Bréfritari: Þórunn Pálsdóttir
Viðtakandi: Páll Pálsson
Dagsetning: A-1846-07-03
Skrifað á: Hallfreðarstöðum  N-Múl.
Páll var bróðir Þórunnar

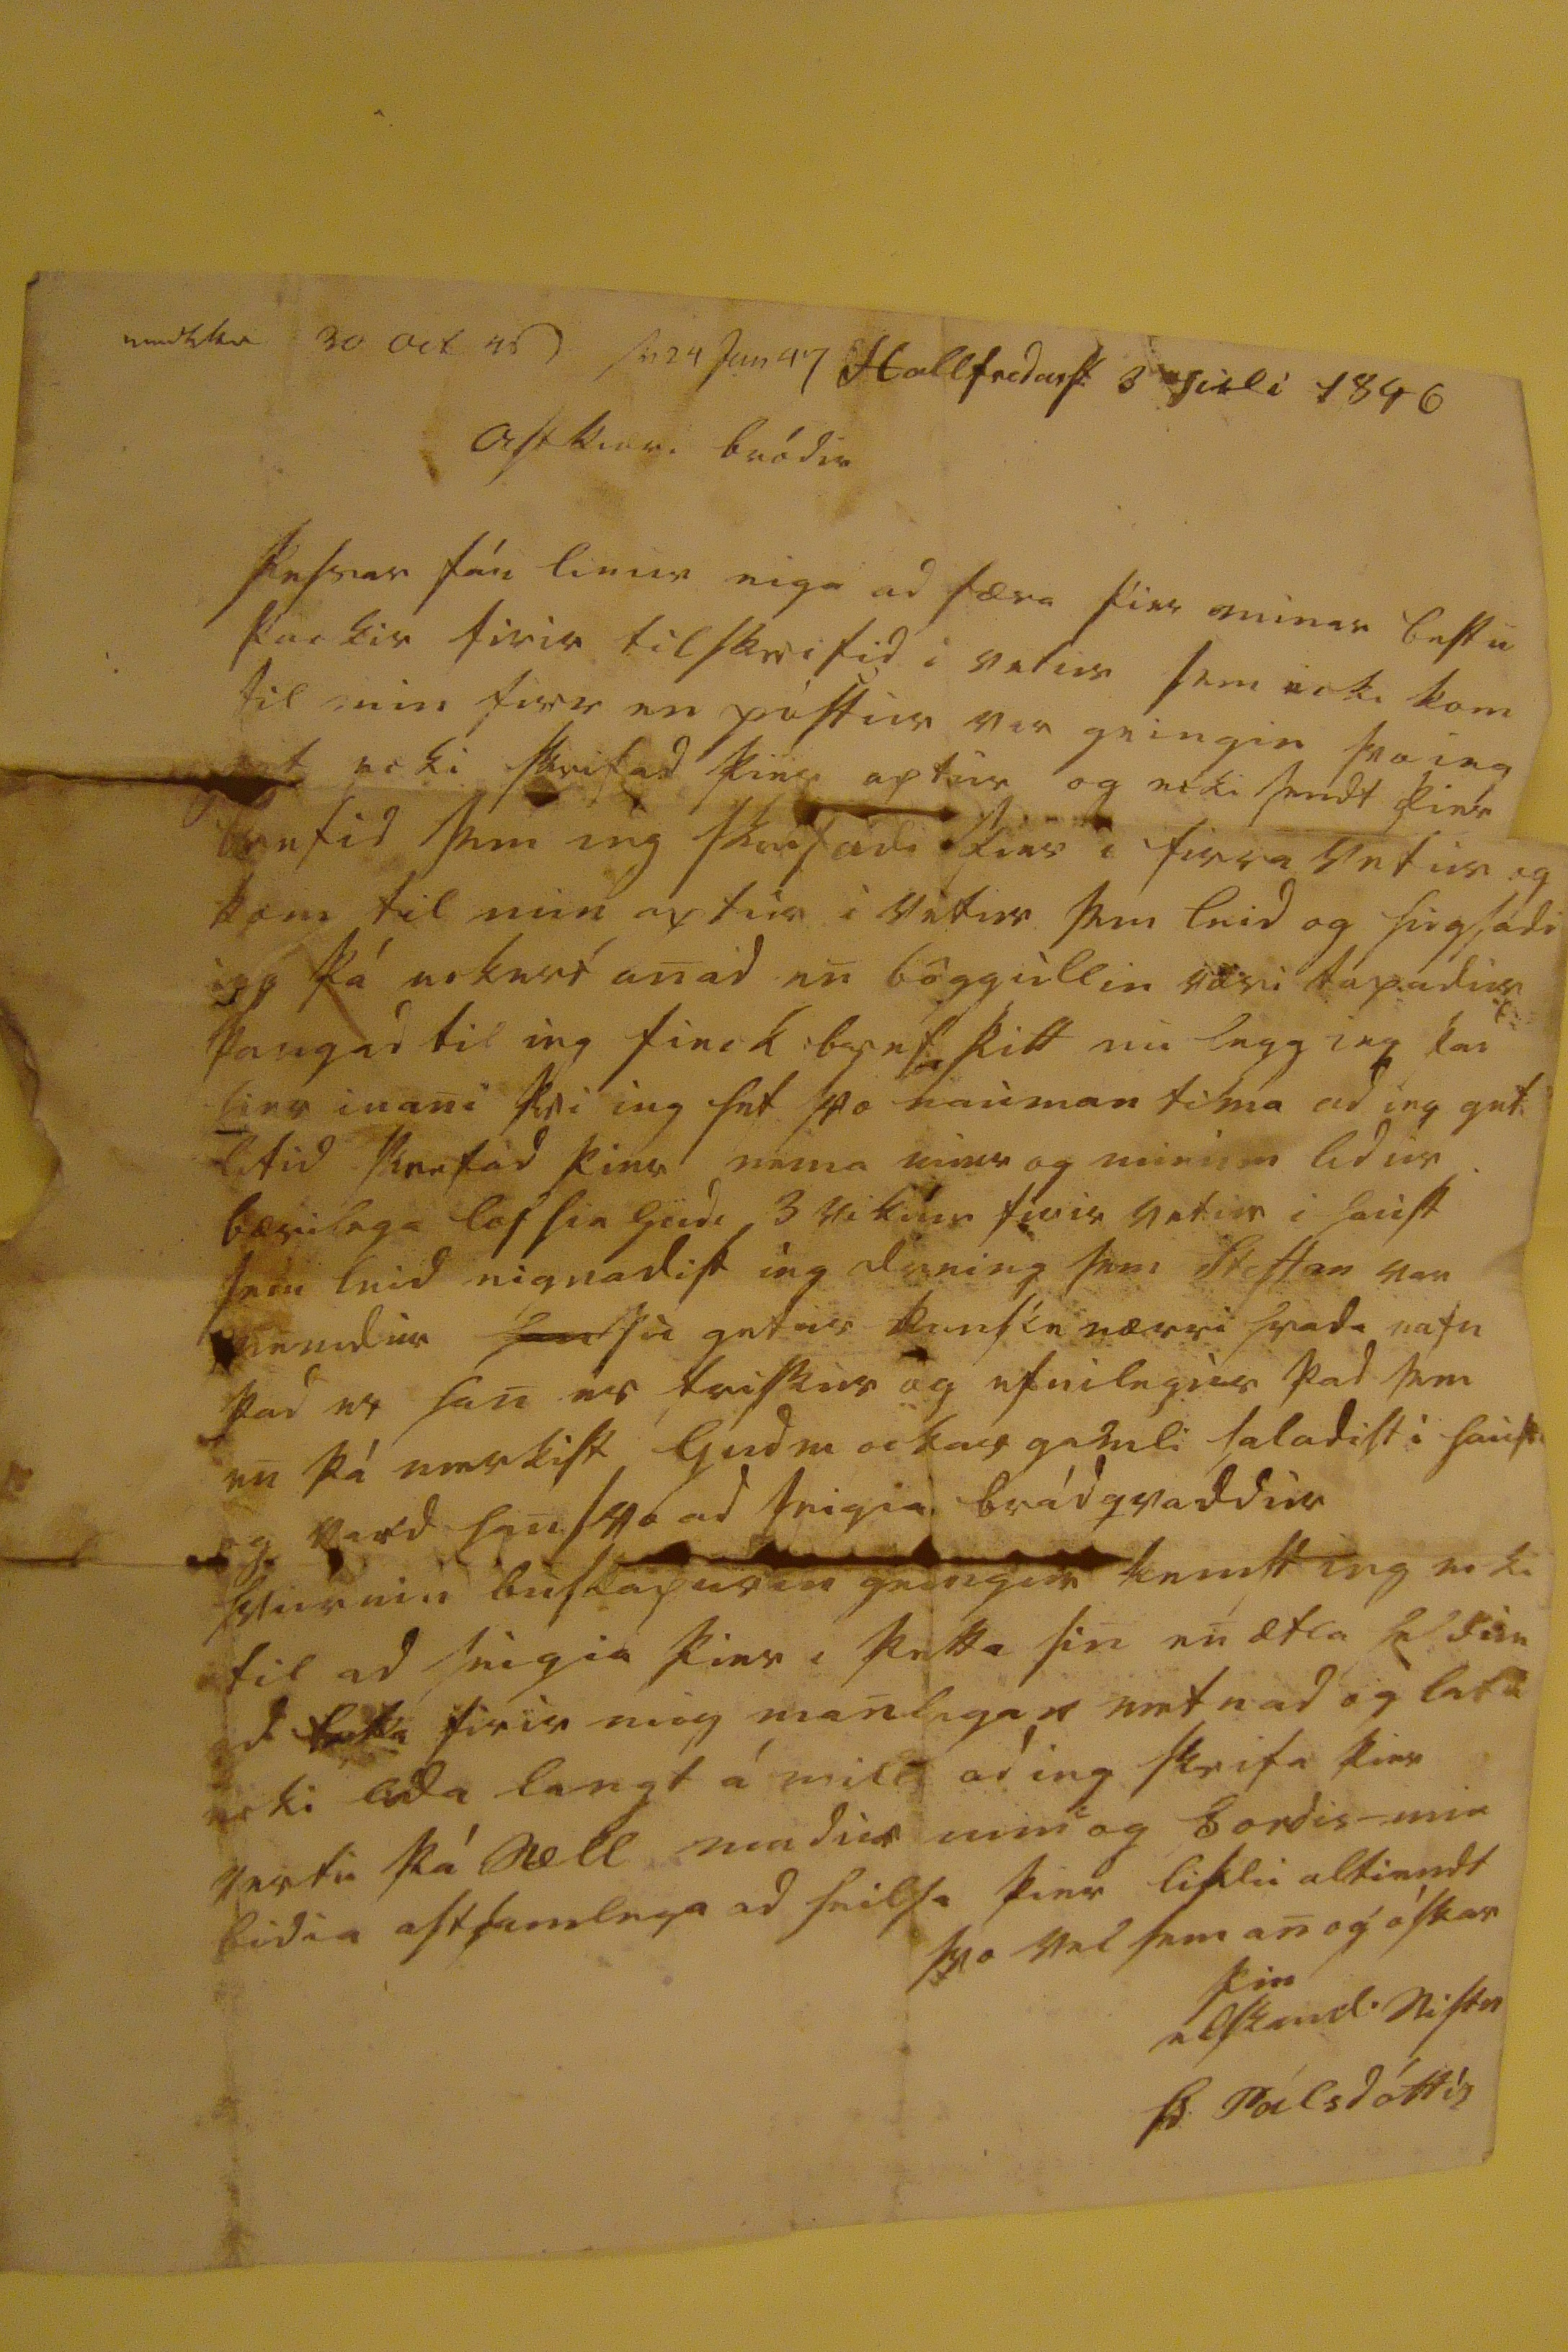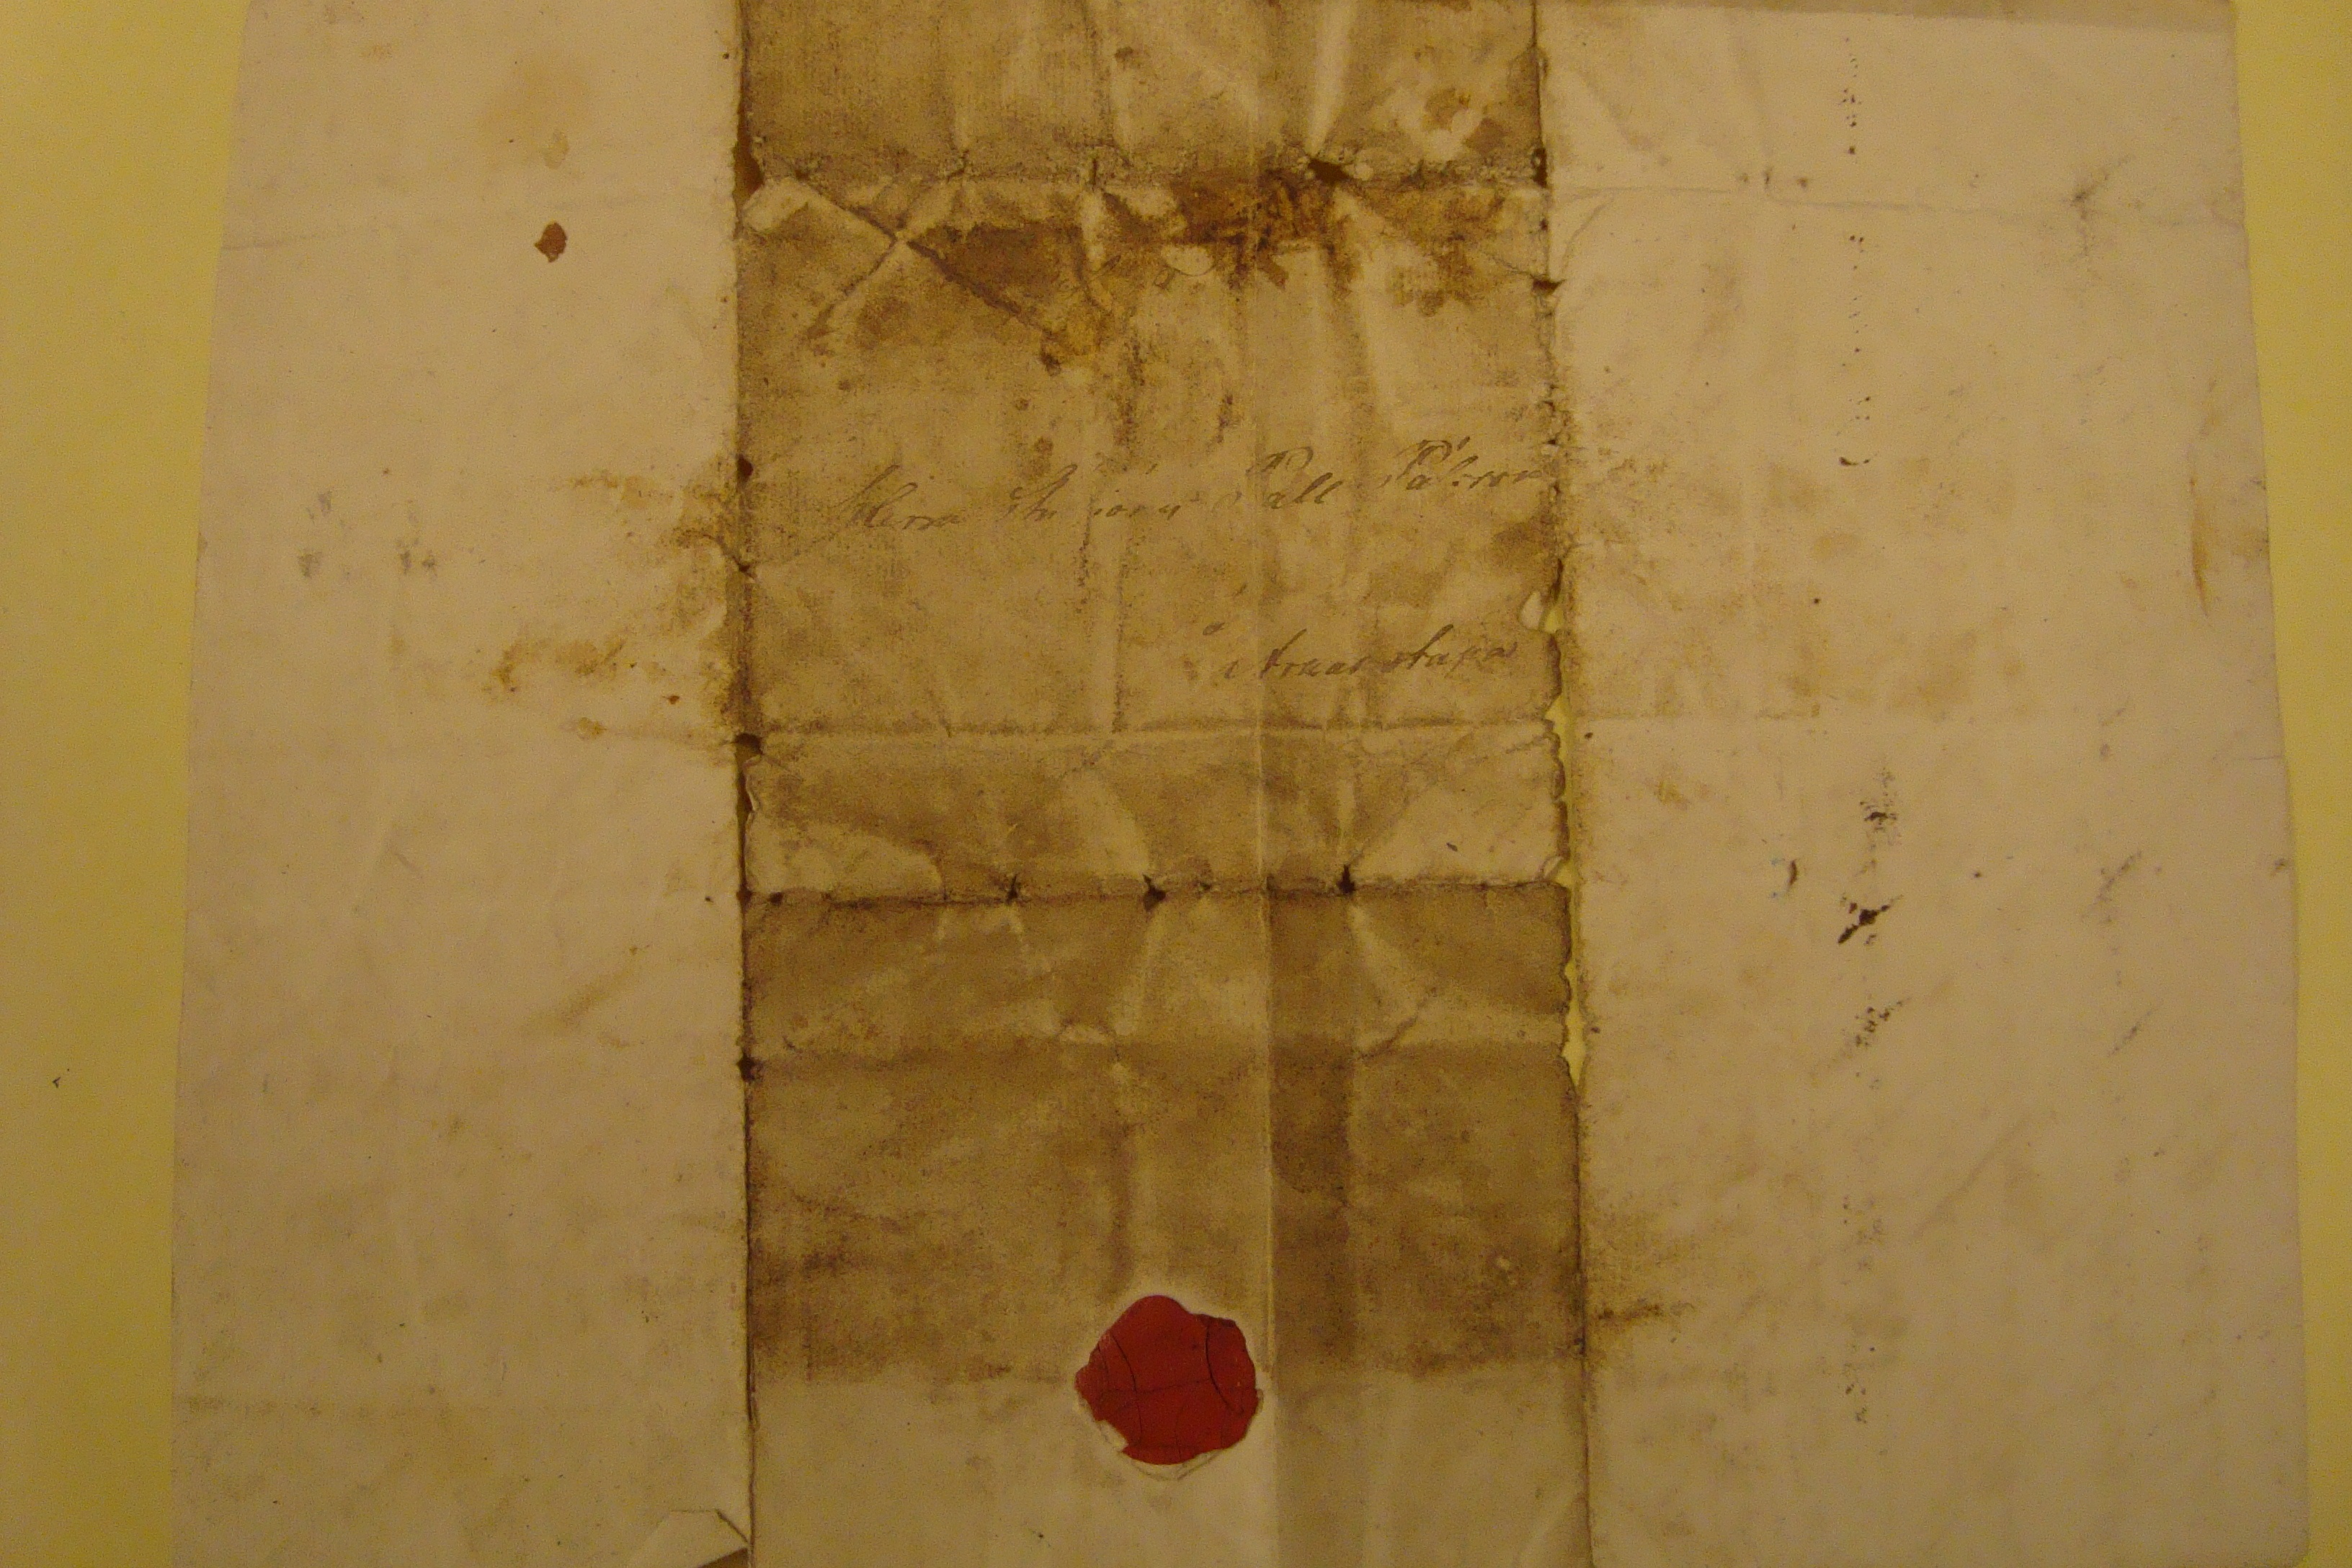

00000 30 Oct 46 s0. 24 jun 47
Hallfredarst. 3 juli 1846
Astkiæri bródir
þessar fáu linur eiga ad færa þier minar bestu þackir firir tilskrifid i vetur sem ecki kom til min firr en póstur var geingin svo ieg gat ecki skrifad þier aptur og ecki sendt þier brefid sem ieg skrifadi þier i firra vetur og kom til min aptur i vetur sem leid og hugsadi ieg þá eckert anad en böggullin væri tapadur þangad til ieg fieck bref þitt nu legg ieg
þar firr
inan þvi ieg hef svo nauman tima ad ieg get litid
000efad
þier nema mier og minum lidur bærilega lof sie gudi 3
vikiur firir
vetur i haust sem leid eignadist ieg dreing sem Steffan var
00ndur
000
þu
getur
kanske
nærri rada nafn þad er han er friskur og efnilegur þad sem en þá merkist Gudm ockar gamli saladist i haust og vard han svo ad seigia brádqvaddur hvurnin buskapurin geingur kemst ieg ecki til ad seigia þier i þetta sin en ætla heldur ad
lata
firir mig manlegan metnad og lata ecki lida langt á milli ad ieg skrifa þier vertu þá sæll madur min og Þordis- min bidia astsamlega ad heilsa þier lifdu altiendt svo vel sem an og óskar
þin elskandi sistir
Þ: Pálsdóttir
Herra Stu0io00 Páll Pálsson á Arnarstapa